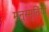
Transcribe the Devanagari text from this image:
मनुस्मृतियों